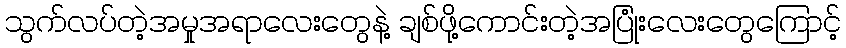
သွက်လပ်တဲ့အမှုအရာလေးတွေနဲ့ ချစ်ဖို့ကောင်းတဲ့အပြုံးလေးတွေကြောင့်